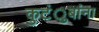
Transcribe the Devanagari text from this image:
कुटंुबांना